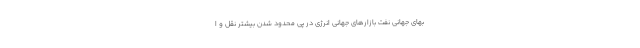
بهای جهانی نفت بازارهای جهانی انرژی در پی محدود شدن بیشتر نقل و ا